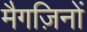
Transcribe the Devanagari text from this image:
मैगज़िनों